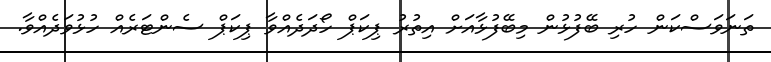
ތަނަވަސްކަން ހުރި ބޭފުޅުން މިބޭފުޅާއަށް އިތުރު ޕިކަޕް ހޯދަދެއްވާ ޕިކަޕް ސެންޓަރެއް ހުޅުވަދެއްވާ.